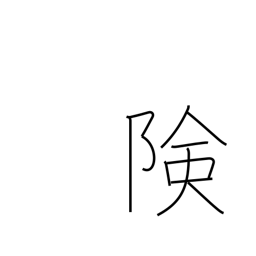
Meaning: precipitous